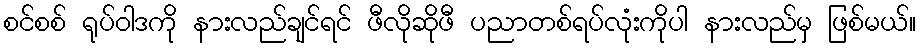
စင်စစ် ရုပ်ဝါဒကို နားလည်ချင်ရင် ဖီလိုဆိုဖီ ပညာတစ်ရပ်လုံးကိုပါ နားလည်မှ ဖြစ်မယ်။